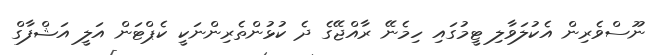
ނޫސްވެރިން އެކުލަވާލި ޓީމުގައި ހިމެނޭ ރާއްޖޭގެ ދެ ކުޅުންތެރިންނަކީ ކެޕްޓަން އަލީ އަޝްފާގް